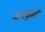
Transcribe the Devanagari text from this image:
जनपुंजों